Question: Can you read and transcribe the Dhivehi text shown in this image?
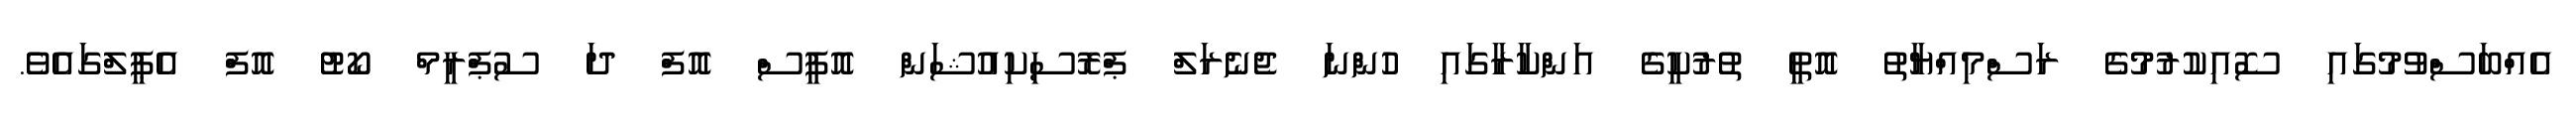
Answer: އެއްބަސްވުމުގައި ސޮއިކުރުމުގެ ރަސްމިއްޔާތު އޮތީ ތުރުކީގެ އަންކާރާގައި ހުންނަ ޖެނެރަލް ޕްރޮސިކިއުޝަން އޮފީސް އޮފް ދަ ސުޕްރީމް ކޯޓު އޮފް އެޕީލްގައެވެ.